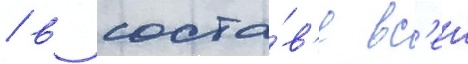
/ в соста́в'е вс'еи